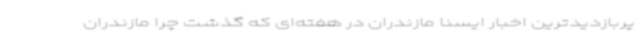
پربازدیدترین اخبار ایسنا مازندران در هفته‌ای که گذشت چرا مازندران